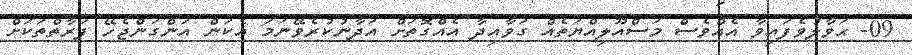
09- ޙަވާލުވެފައިވާ އެއްވެސް މަސްއޫލިއްޔަތެއް ގަވާއިދާ އެއްގޮތަށް އަދާނުކުރެވޭނަމަ އެކަން އަންގަންޖެހޭ ފަރާތްތަކަށް